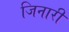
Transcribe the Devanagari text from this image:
जिनारी